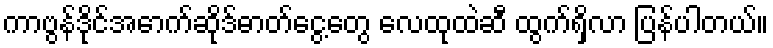
ကာဗွန်ဒိုင်အောက်ဆိုဒ်ဓာတ်ငွေ့တွေ လေထုထဲဆီ ထွက်ရှိလာ ပြန်ပါတယ်။